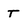
Character: T